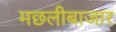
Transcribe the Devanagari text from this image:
मछलीबाजार